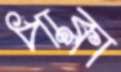
পাক্‌লা